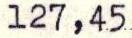
127,45